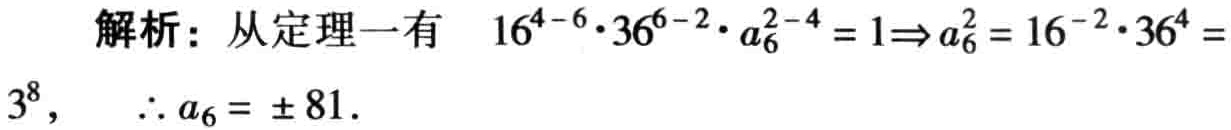
解析：从定理一有 \(16^{4 - 6}\cdot36^{6 - 2}\cdot a_{6}^{2 - 4} = 1\Rightarrow a_{6}^{2}=16^{- 2}\cdot36^{4}=3^{8}\)，\(\therefore a_{6}=\pm81\)．